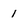
Character: 1